Tezpur Lunatic Asylum reports 1895-1904 - 1895-1904
Year: 1895
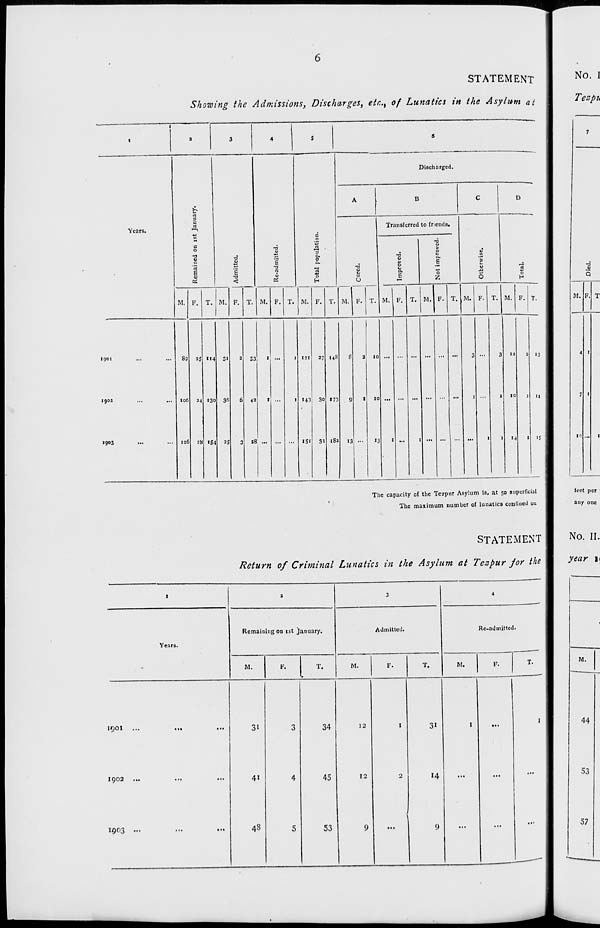
STATEMENT
Showing the Admissions, Discharges, etr.. t of Lunatics in the Asylum at
1
t
a
3
4
5
6
b
n
3
c
•—>
c
0
■3
V
'3
E
■d
1
<
■a
'§
(8
2
a
S
*a
a,
0
a.
H
Discharged.
A
B
C
D
—
Years.
•a u
6
Transferred to friends.
0
0
x;
6
•
•0
u
■f
0
S
■0
>
0
.1
0
0
H
M. F. T. M. F. T. M. F. T. M. F. T. M. F. T. M.I F. T. M. F. T. M. F. T. M. F. T.
1901
190*
1903
89
106
126
28
114
130
154
3i
36
as
2
6
3
33
43
28
1
t
•"
1
1
121
143
IS'
27
30
31
148
173
{82
S
9
13
3
1
10
10
»3
1
...
1
...
3
1
1
3
1
1
it
10
»4
2
1
1
•3
11
IS
The capacity of the Tezpur Asylum is, at 50 superficial
The maximum number of lunatics confined ou
STATEMENT
Return of Criminal Lunatics in the Asylum at Tezpur for the
I
2
3
4
Remaining on 1st January.
Admitted.
Re-admitted.
Years.
M.
F.
T.
M.
F.
T.
M,
F.
T.
1901
...
• ••
...
31
3
34
12
I
31
I
I
1902 ...
...
...
4*
4
45
12
2
14
...
...
...
1903
48
5
53
9
9